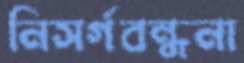
নিসর্গবন্ধনা